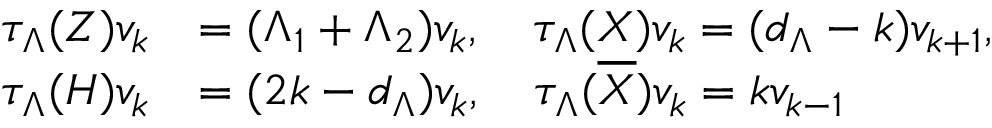
\begin{array} { r l } { \tau _ { \Lambda } ( Z ) v _ { k } } & { = ( \Lambda _ { 1 } + \Lambda _ { 2 } ) v _ { k } , \quad \tau _ { \Lambda } ( X ) v _ { k } = ( d _ { \Lambda } - k ) v _ { k + 1 } , } \\ { \tau _ { \Lambda } ( H ) v _ { k } } & { = ( 2 k - d _ { \Lambda } ) v _ { k } , \quad \tau _ { \Lambda } ( \overline { { X } } ) v _ { k } = k v _ { k - 1 } } \end{array}